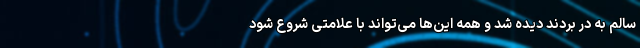
سالم به در بردند دیده شد و همه این‌ها می‌تواند با علامتی شروع شود